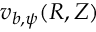
v _ { b , \psi } ( R , Z )